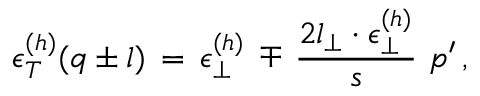
\epsilon _ { T } ^ { ( h ) } ( q \pm l ) \, = \, \epsilon _ { \perp } ^ { ( h ) } \, \mp \, \frac { 2 l _ { \perp } \cdot \epsilon _ { \perp } ^ { ( h ) } } { s } \, \, p ^ { \prime } \, ,